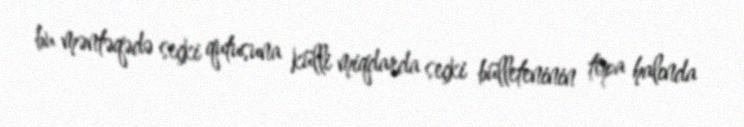
bu məntəqədə seçki qutusuna külli miqdarda seçki bülleteninin topa halında